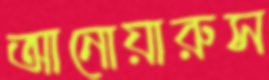
আনোয়ারুস